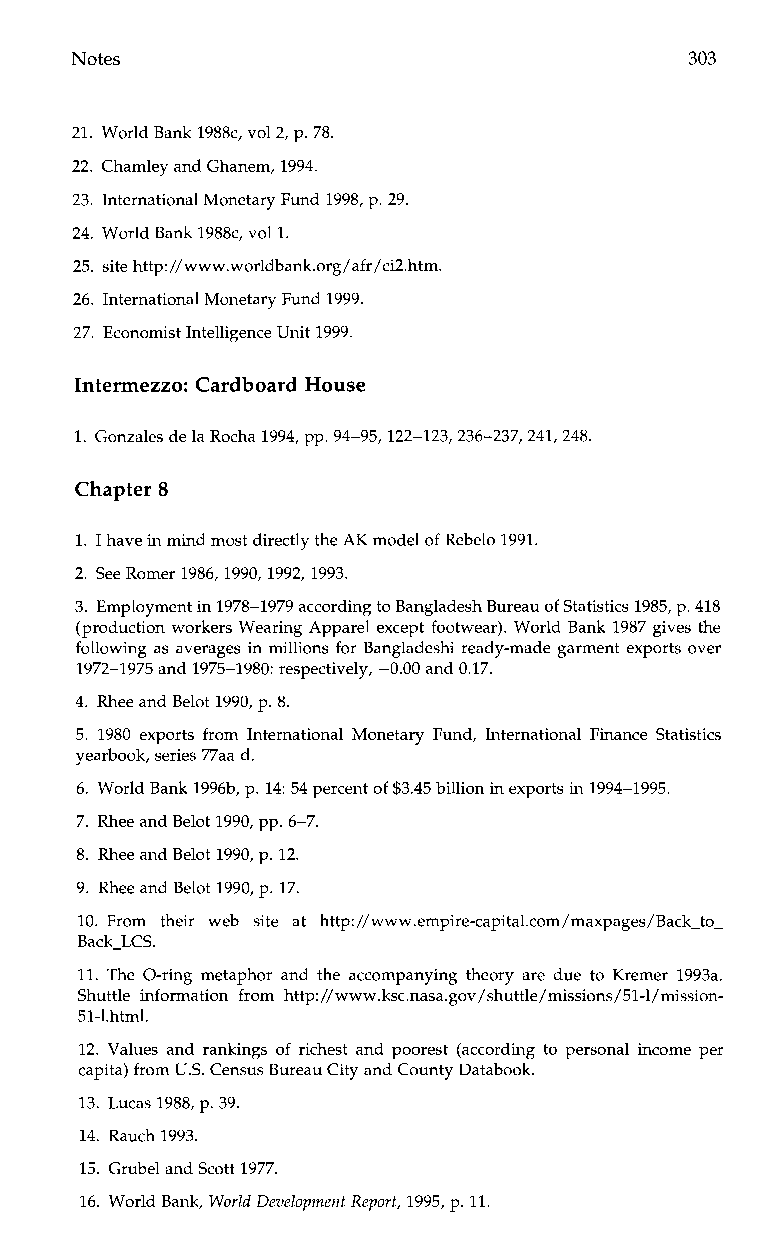
Notes                                    303
 21. World Bank 1988c, v01 2, p. 78.
 22. Chamley and Ghanem, 1994.
 23. International Monetary Fund 1998, p. 29.
 24. World Bank 1988c, v01 1.
 25. site http://www.worldbank.org/afr/ci2.htm.
 26. International Monetary Fund 1999.
 27. Economist Intelligence Unit 1999.
 Intermezzo: Cardboard House
 1. Gonzales de la Rocha 1994, pp. 94-95,122-123,236-237,241,248.
 Chapter 8
 1. I have in mind most directly the AK model of Rebelo 1991.
 2. See Romer 1986,1990,1992, 1993.
 3. Employment in 1978-1979 according to Bangladesh Bureau of Statistics 1985, p4. 18
 (production workers Wearing Apparel except footwear). World Bank 1987 gives the
 following as averages in millions for Bangladeshi ready-made garment exports over
 1972-1975 and 1975-1980: respectively, -0.00 and 0.17.
 4. Rhee and Belot 1990, p. 8.
 5.1 980e xports from InternationalM onetaryF und,I nternationalF inanceS tatistics
 yearbook, series 77aa d.
 6. World Bank 1996b, p. 14: 54 percent of $3.45 billion in exports in 1994-1995.
 7. Rhee and Belot 1990, pp. 6-7.
 8. Rhee and Belot 1990, p. 12.
 9. Rhee and Belot 1990, p. 17.
 10. From their wesb i te at http://www.empire-capital.com/maxpages/Back-to-
 Back-LCS.
 11. The O-ring metaphora ndt hea ccompanyingt heorya red ue to Kremer 1993a.
 Shuttlei nformation from http://www.ksc.nasa.gov/shuttle/missions/51-l/~ssion-
 51-l.htm1.
 12. Values and rankingso f richest and poorest (accordingt op ersonali ncomep er
 capita) from US.C ensus Bureau City and County Databook.
 13. Lucas 1988, p. 39.
 14. Rauch 1993.
 15. Grubel and Scott 1977.
 16. World Bank, World Development Report,1 995, p. 11